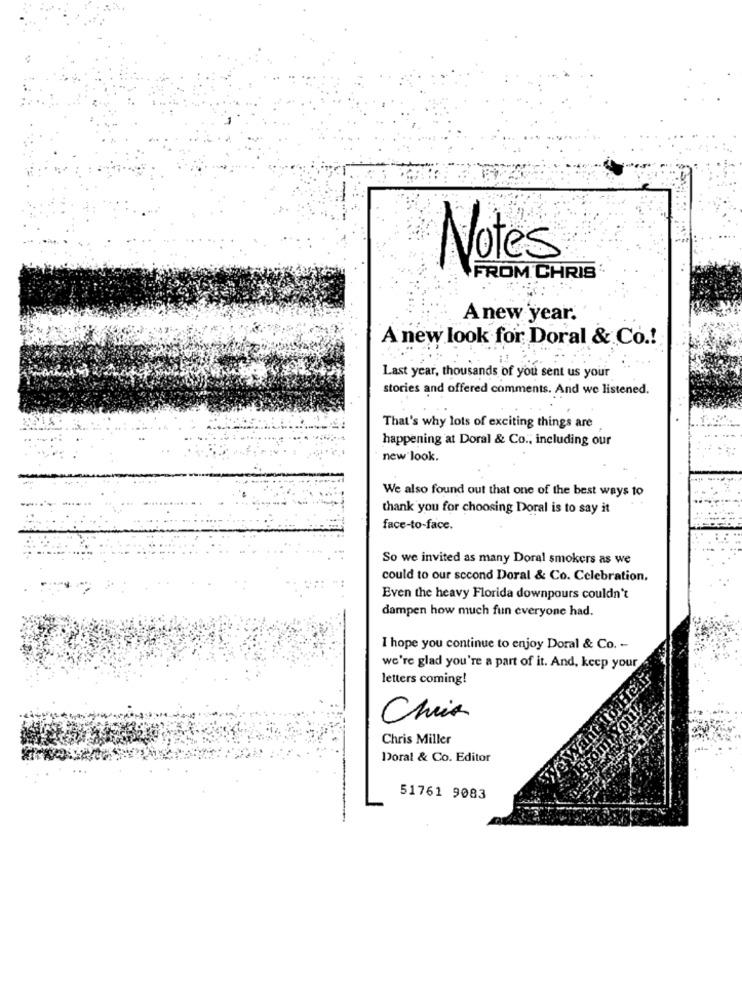
Notes
FROM CHRIS
Anew year.
A new look for Doral & Co .!
Last year, thousands of you sent us your
stories and offered comments. And we listened.
That's why lots of exciting things are
happening at Doral & Co .; including our
new look.
We also found out that one of the best ways to
thank you for choosing Doral is to say it
face-to-face.
So we invited as many Doral smokers as we
could to our second Doral & Co. Celebration.
Even the heavy Florida downpours couldn't
dampen how much fun everyone had.
I hope you continue to enjoy Doral & Co. -
we're glad you're a part of it. And, keep your
Heit
letters coming!
Chia
Chris Miller
Doral & Co. Editor
51761 9083